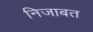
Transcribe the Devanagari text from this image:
निजाबत